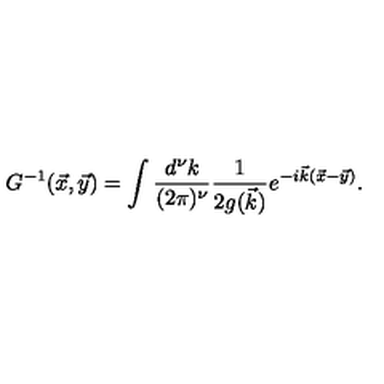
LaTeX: G ^ { - 1 } ( \vec { x } , \vec { y } ) = \int { \frac { d ^ { \nu } k } { ( 2 \pi ) ^ { \nu } } } { \frac { 1 } { { 2 g ( \vec { k } } ) } } e ^ { - i \vec { k } ( \vec { x } - \vec { y } ) } .